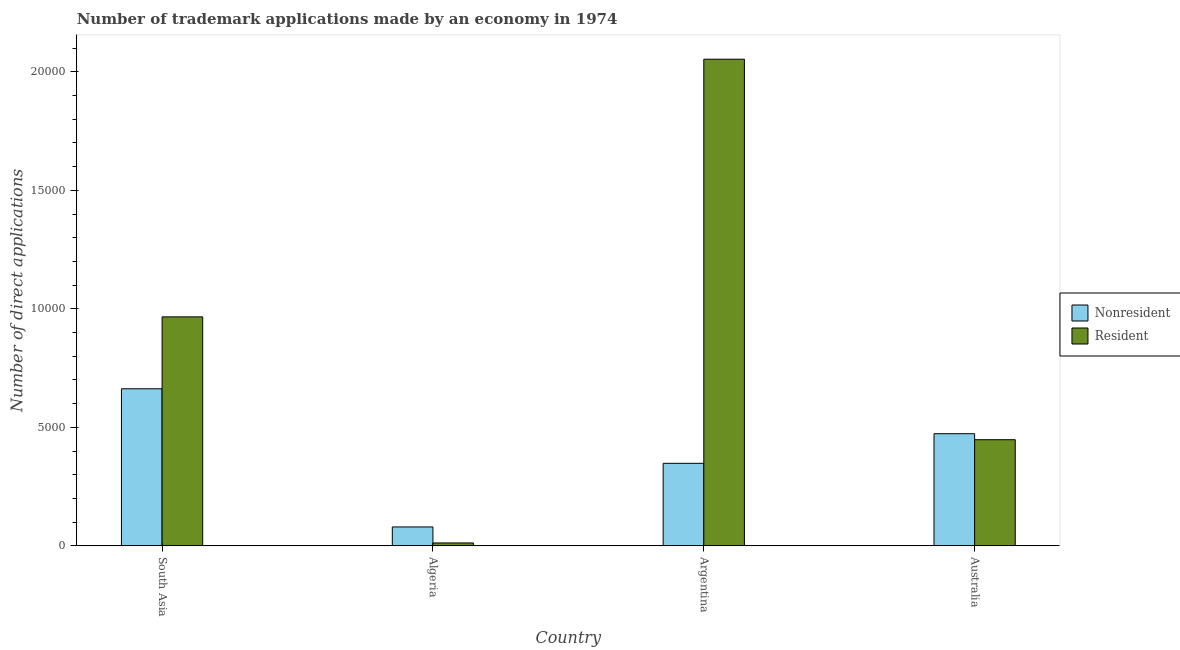
| Country | Nonresident | Resident |
 | --- | --- | --- |
 | South Asia | 6.63e+03 | 9.66e+03 |
 | Algeria | 797 | 122 |
 | Argentina | 3.48e+03 | 2.05e+04 |
 | Australia | 4.73e+03 | 4.48e+03 |